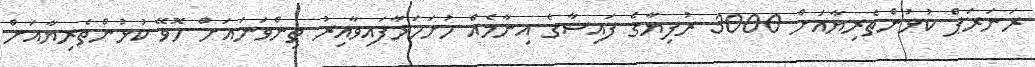
ރަނަރަޕް ކުޅުންތެރިޔާއަށް 3000 ރުފިިޔާގެ ފައިސާގެ އިނާމެއް ހުށަހަޅާފައިވާއިރު ތިންވަނައަށް ހޮވޭ ކުޅުންތެރިޔާއަށް